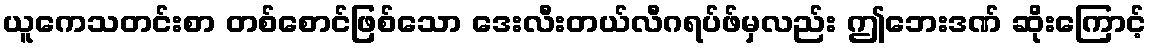
ယူကေသတင်းစာ တစ်စောင်ဖြစ်သော ဒေးလီးတယ်လီဂရပ်ဖ်မှလည်း ဤဘေးဒဏ် ဆိုးကြောင့်